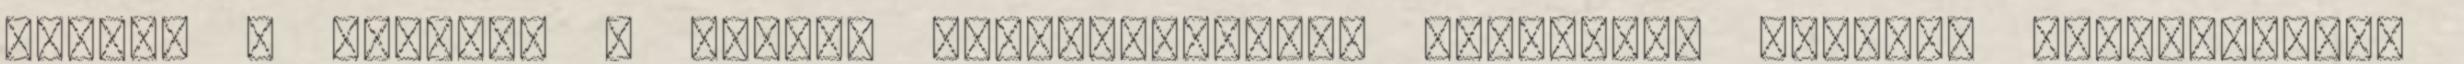
szebbé a suliban a gyerek mindennapjait. Reményeim szerint szeptemberig